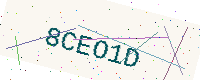
Text: 8CEO1D